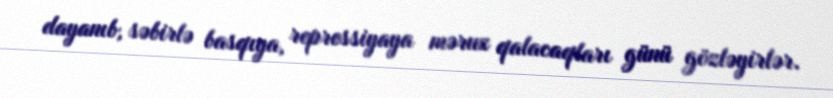
dayanıb, səbirlə basqıya, repressiyaya məruz qalacaqları günü gözləyirlər.